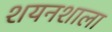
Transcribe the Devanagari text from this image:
शयनशाला